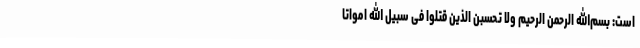
است: بسم‌الله الرحمن الرحیم ولا تحسبن الذین قتلوا فی سبیل الله امواتا